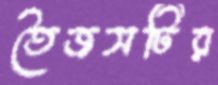
তৈজসটির